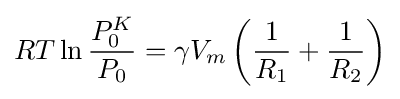
RT\ln {\frac {P_{0}^{K}}{P_{0}}}=\gamma V_{m}\left({\frac {1}{R_{1}}}+{\frac {1}{R_{2}}}\right)